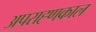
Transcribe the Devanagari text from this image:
अपराह्णकाल